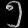
Digit: ၅